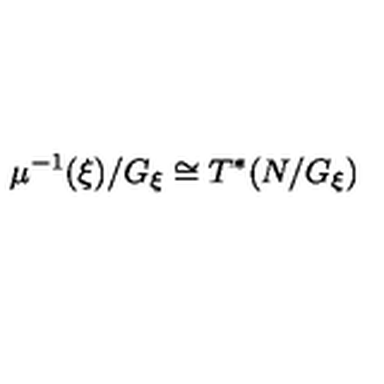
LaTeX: \mu ^ { - 1 } ( \xi ) / G _ { \xi } \cong T ^ { * } ( N / G _ { \xi } )